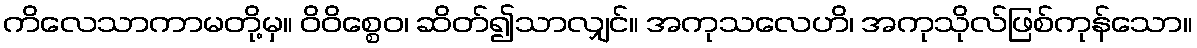
ကိလေသာကာမတို့မှ။ ဝိဝိစ္စေဝ၊ ဆိတ်၍သာလျှင်။ အကုသလေဟိ၊ အကုသိုလ်ဖြစ်ကုန်သော။